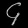
Digit: ၄